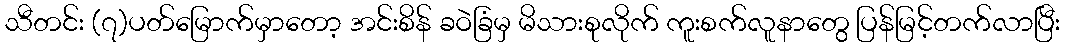
သီတင်း (၇)ပတ်မြောက်မှာတော့ အင်းစိန် ခဝဲခြံမှ မိသားစုလိုက် ကူးစက်လူနာတွေ ပြန်မြင့်တက်လာပြီး